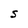
Character: S